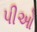
પીઓ